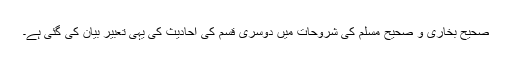
صحیح بخاری و صحیح مسلم کی شروحات میں دوسری قسم کی احادیث کی یہی تعبیر بیان کی گئی ہے۔